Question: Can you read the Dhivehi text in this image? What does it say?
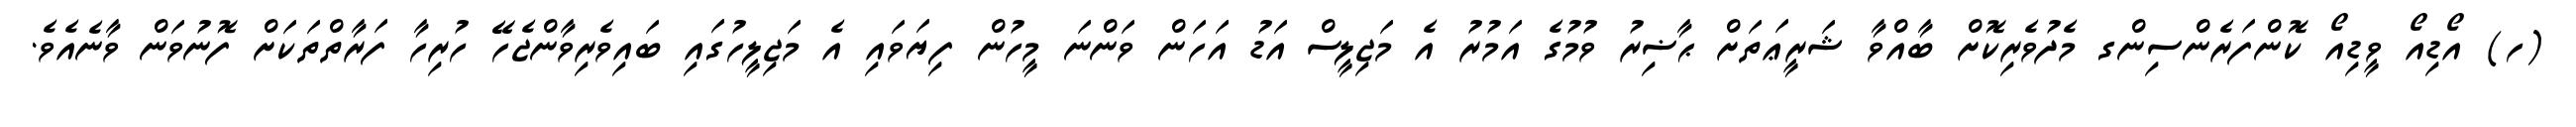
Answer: (ހ) އޯޑިއޯ ވީޑިއޯ ކޮންފަރެންސިންގ މެދުވެރިކޮށް ބާއްވާ ޝަރީޢަތަށް ޙާޟިރު ވުމުގެ އަމުރު އެ މަޖިލީސް އަޑު އަހަން ވަންނަ މީހުން ފިޔަވައި އެ މަޖިލީހުގައި ބައިވެރިވާންޖެހޭ ހުރިހާ ފަރާތްތަކަށް ފޮނުވަން ވާނެއެވެ.